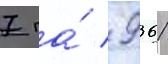
7 га́ / 9361